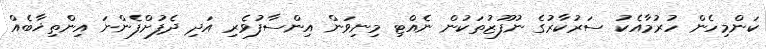
ކަންމިހެން ހުރުމާއެކު ސަރުކާރުގެ ނުފޫޒުތަކުން ނެއްޓި މިނިވަން އިންސާފުވެރި އަދި ދެފުށްފެންނަ އިންތިޚާބެއް